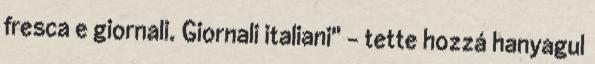
fresca e giornali. Giornali italiani" – tette hozzá hanyagul